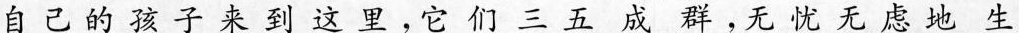
自己的孩子来到这里，它们三五成群，无忧无虑地生